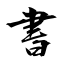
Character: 書